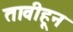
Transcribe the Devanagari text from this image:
तावीहून